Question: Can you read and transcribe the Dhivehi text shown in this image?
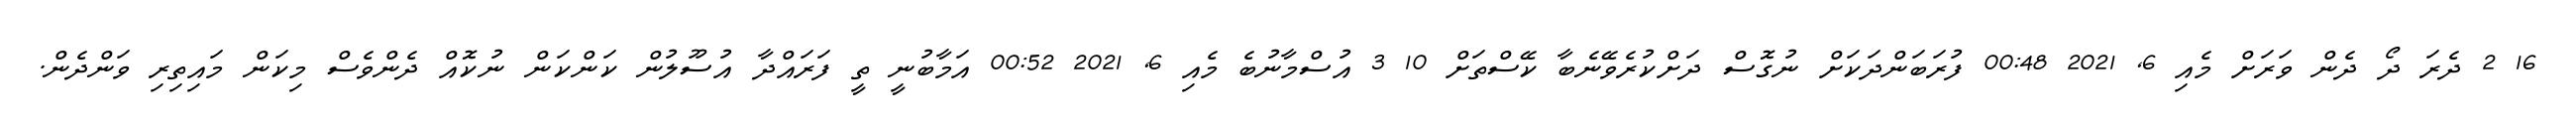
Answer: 16 2 ދެރަ ދޯ ދެން ވަރަށް މެއި 6, 2021 00:48 ފުރަބަންދަކަށް ނުގޮސް ދަށްކުރެވޭނެބާ ކޭސްތަށް 10 3 އުސްމާނުބެ މެއި 6, 2021 00:52 އަމާބުނީ ތީ ފަރައްދާ އުސޫލުން ކަންކަން ނުކޮއް ދެންވެސް މިކަން މައިތިރި ވަންދެން.